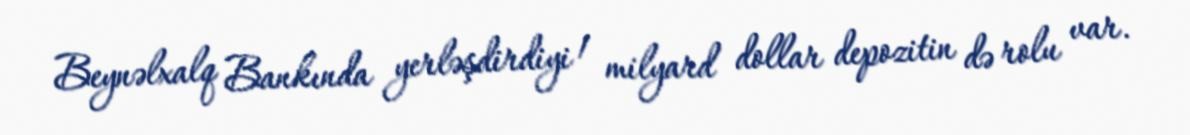
Beynəlxalq Bankında yerləşdirdiyi 1 milyard dollar depozitin də rolu var.